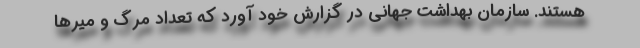
هستند. سازمان بهداشت جهانی در گزارش خود آورد که تعداد مرگ و میرها